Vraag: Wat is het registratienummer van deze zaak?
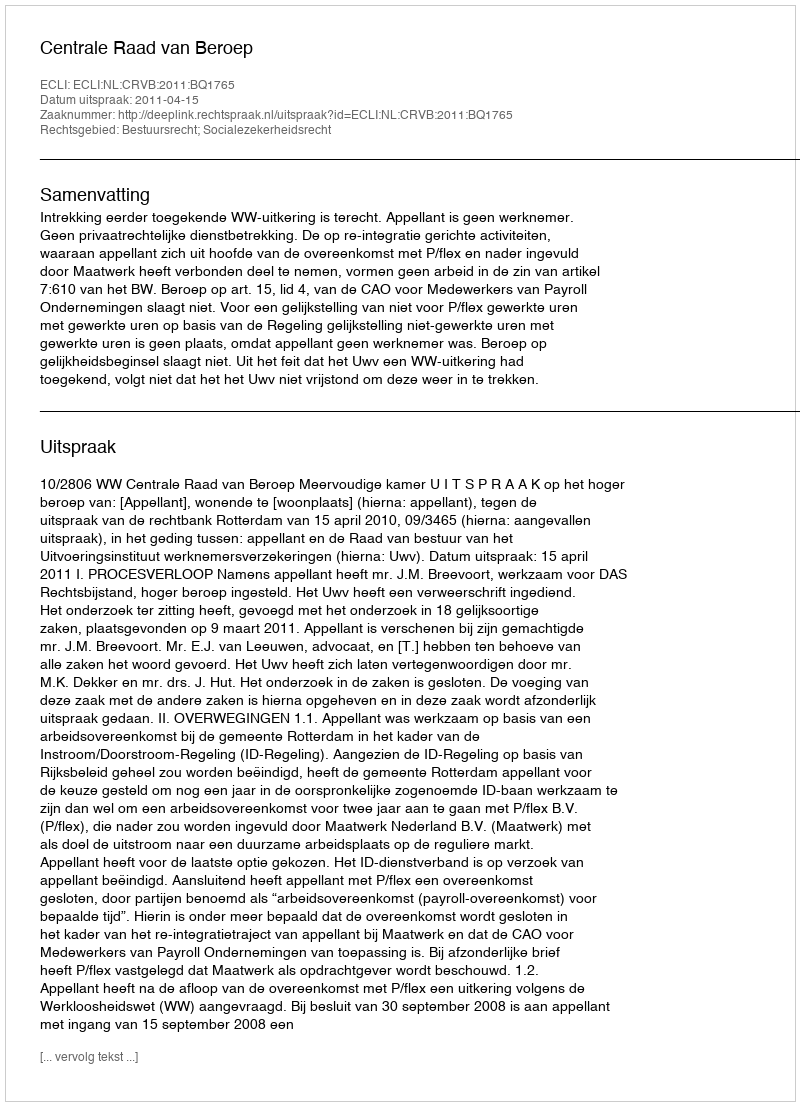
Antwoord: http://deeplink.rechtspraak.nl/uitspraak?id=ECLI:NL:CRVB:2011:BQ1765